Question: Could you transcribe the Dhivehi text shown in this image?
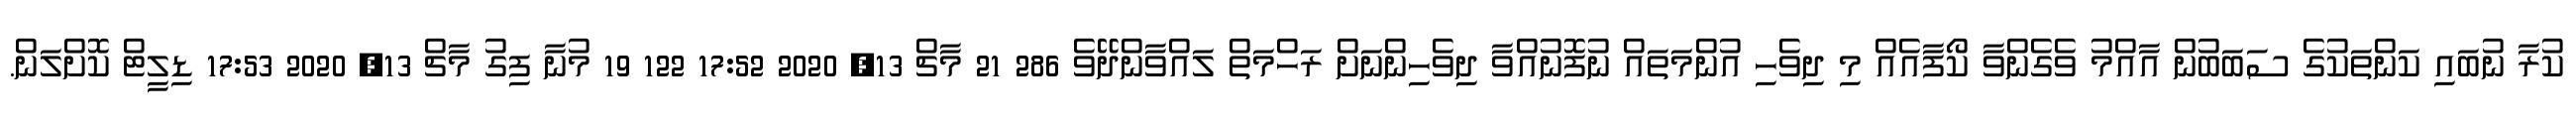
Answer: ކުރާ ނުބައި ކަންތަކުގެ ސަބަބުން އާއްމު ވެގެންވާ ކޯފާއެއް މި ދިވެހި އުންމަތައް ނުފޮނުއްވާ ދިވެހިންނަށް ރަހްމަތް ލައްވާންދޭވެ 286 21 މާޗް 13, 2020 17:52 122 19 މުނާ ފިގު މާޗް 13, 2020 17:53 ޑިލީޓް ކޮށްލަން.